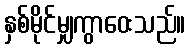
နှစ်မိုင်မျှကွာဝေးသည်။